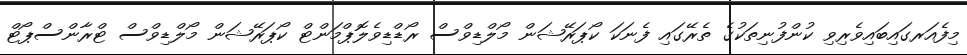
މިފެއަރގައިބައިވެރިވި ކުންފުނިތަކުގެ ތެރޭގައި ފެނަކަ ކޯޕަރޭޝަން މޯލްޑިވްސް ރޯޑްޑިވެލޮޕްމަންޓް ކޯޕަރޭޝަން މޯލްޑިވްސް ޓްރާންސްޕޯޓް